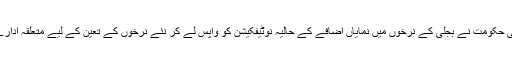
اسلام آباد — پاکستان مسلم لیگ (ن) کی حکومت نے بجلی کے نرخوں میں نمایاں اضافے کے حالیہ نوٹیفکیشن کو واپس لے کر نئے نرخوں کے تعین کے لیے متعلقہ ادارے سے رابطہ کرنے کا فیصلہ کیا ہے۔